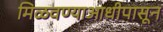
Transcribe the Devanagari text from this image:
मिळवण्याआधीपासून